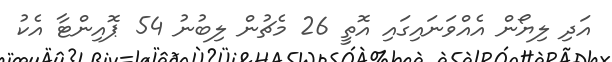
އަދި ލިޔޯން އެއްވަނައިގައި އޮތީ 26 މެޗުން ލިބުނު 54 ޕޮއިންޓާ އެކު